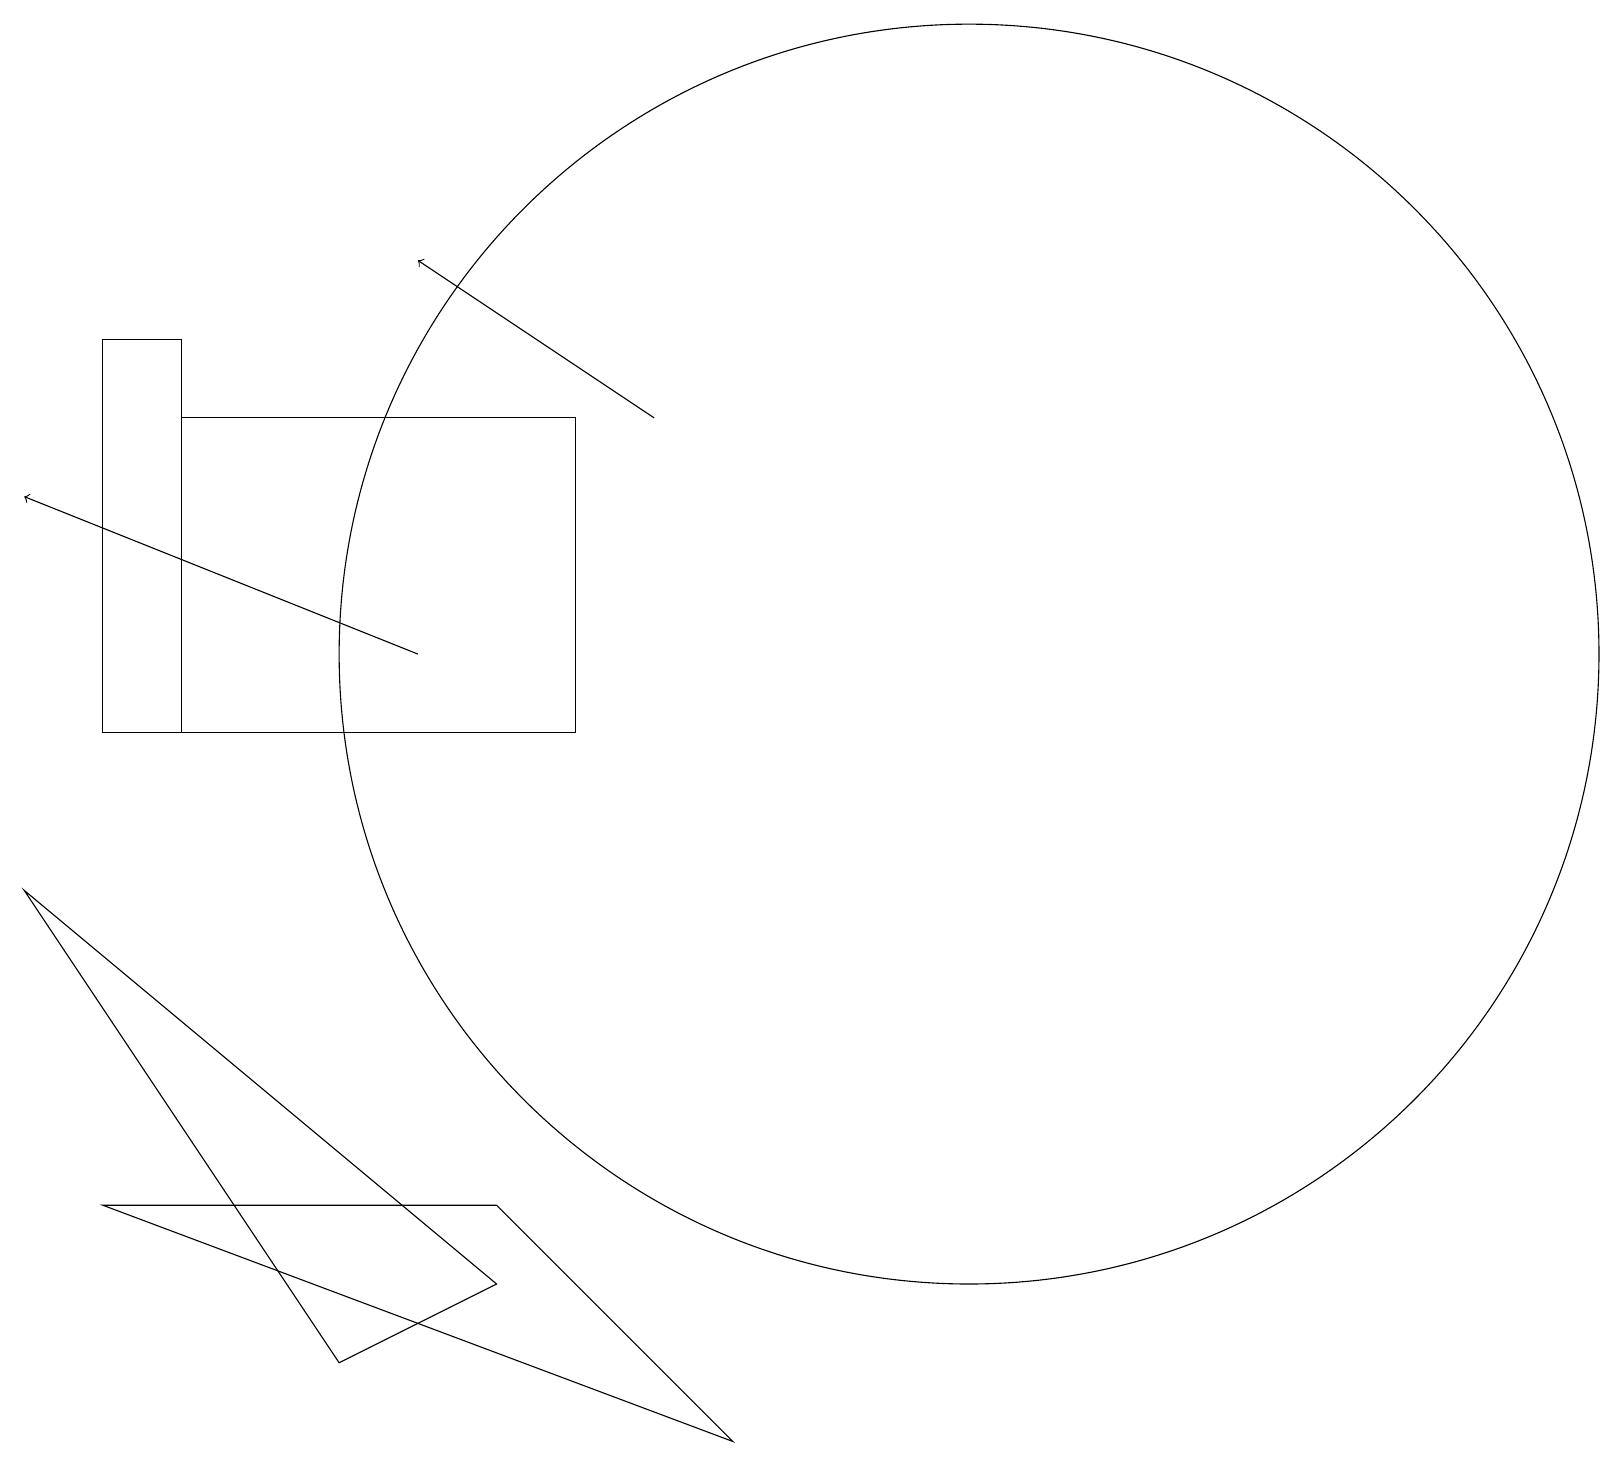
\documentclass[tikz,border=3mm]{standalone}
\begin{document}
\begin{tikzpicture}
\draw (1,4) -- (9,1) -- (6,4) -- cycle;
\draw (7,10) rectangle (2,14);
\draw[->] (8,14) -- (5,16);
\draw[->] (5,11) -- (0,13);
\draw (1,15) rectangle (2,10);
\draw (12,11) circle (8);
\draw (4,2) -- (0,8) -- (6,3) -- cycle;
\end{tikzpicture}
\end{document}